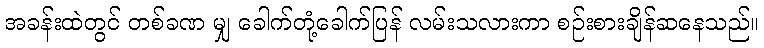
အခန်းထဲတွင် တစ်ခဏ မျှ ခေါက်တုံ့ခေါက်ပြန် လမ်းသလားကာ စဉ်းစားချိန်ဆနေသည်။